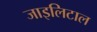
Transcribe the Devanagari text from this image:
जाइलिटाल